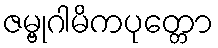
ဇမ္ဗုဂါမိကပုတ္တော